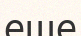
еще